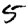
Digit: 5